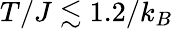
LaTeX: T/J\lesssim 1.2/k_{B}